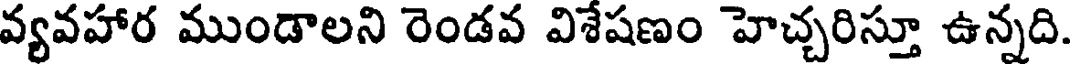
వ్యవహార ముండాలని రెండవ విశేషణం హెచ్చరిస్తూ ఉన్నది.